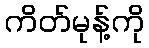
ကိတ်မုန့်ကို